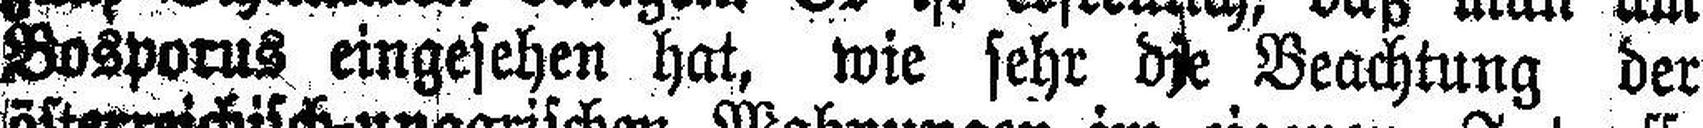
Bosporus eingesehen hat, wie sehr die Beachtung der